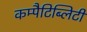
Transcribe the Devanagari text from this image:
कम्पैटिब्लिटी